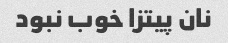
نان پیتزا خوب نبود